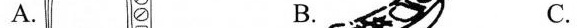
A. B. C.